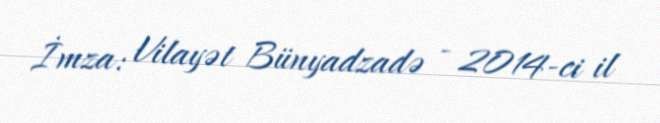
İmza: Vilayət Bünyadzadə - 2014-ci il